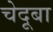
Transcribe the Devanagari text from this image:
चेदूबा